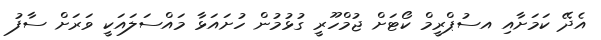
އެދޭ ކަމަށާއި އސުޕްރީމް ކޯޓަށް ޖުމްހޫރީ ގުޅުމުން ހުށައަޅާ މައްސަލައަކީ ވަރަށް ސާފު